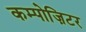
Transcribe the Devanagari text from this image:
कम्पोज़िटर